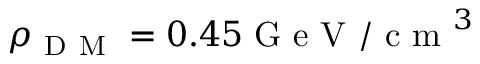
\rho _ { \mathrm { ~ D ~ M ~ } } = 0 . 4 5 \mathrm { ~ G ~ e ~ V ~ / ~ c ~ m ~ } ^ { 3 }